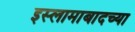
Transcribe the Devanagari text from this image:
इस्लामाबादच्या